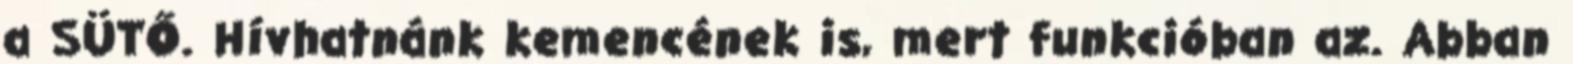
a SÜTŐ. Hívhatnánk kemencének is, mert funkcióban az. Abban